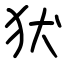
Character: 犾